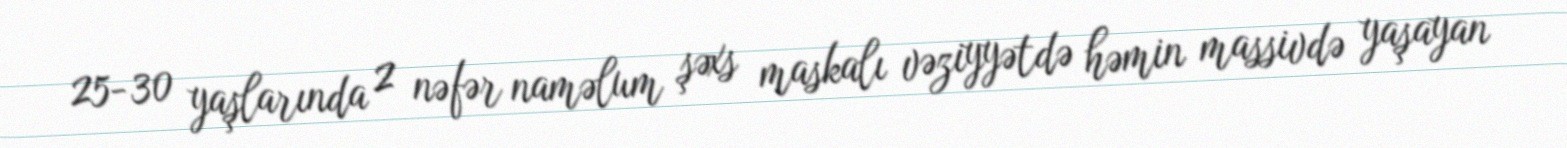
25-30 yaşlarında 2 nəfər naməlum şəxs maskalı vəziyyətdə həmin massivdə yaşayan